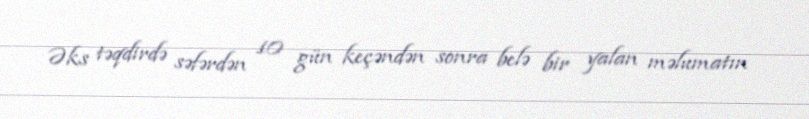
Əks təqdirdə səfərdən 10 gün keçəndən sonra belə bir yalan məlumatın